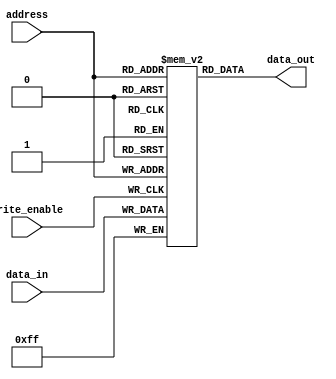
module Flash_ROM (
    input wire [7:0] address,
    input wire write_enable,
    input wire [7:0] data_in,
    output reg [7:0] data_out
);

reg [7:0] memory[0:255]; // Assuming 256 memory cells

always @ (posedge write_enable) begin
    memory[address] <= data_in;
end

always @ (address) begin
    data_out <= memory[address];
end

endmodule